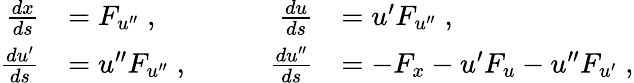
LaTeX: \begin{array}{rlrl}{\frac{dx}{ds}}&{=F_{u^{\prime\prime}}\; ,}&{\frac{du}{ds}}&{=u^{\prime}F_{u^{\prime\prime}}\; ,}\\ {\frac{du^{\prime}}{ds}}&{=u^{\prime\prime}F_{u^{\prime\prime}}\; ,\qquad}&{\frac{du^{\prime\prime}}{ds}}&{=-F_{x}-u^{\prime}F_{u}-u^{\prime\prime}F_{u^{\prime}}\; ,}\end{array}